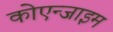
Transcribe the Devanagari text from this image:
कोएन्जाइम